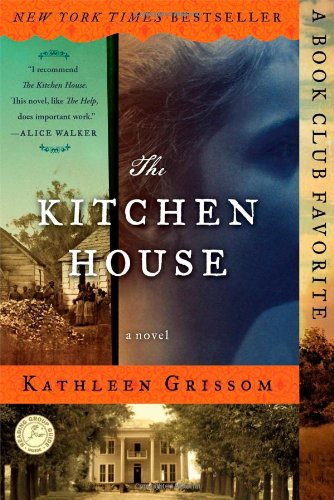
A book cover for The Kitchen House: A Novel; Kathleen Grissom; Literature & Fiction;